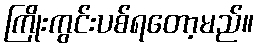
ကြိုးကွင်းပစ်ရတော့မည်။